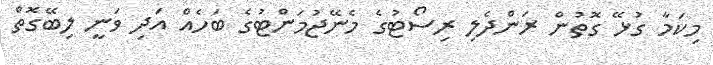
މިކަމާ ގުޅޭ ގޮތުން ރަންދެލި ރިސޯޓުގެ މެނޭޖުމަންޓުގެ ބަހެއް އަދި ވަނީ ލިބޭގޮތް